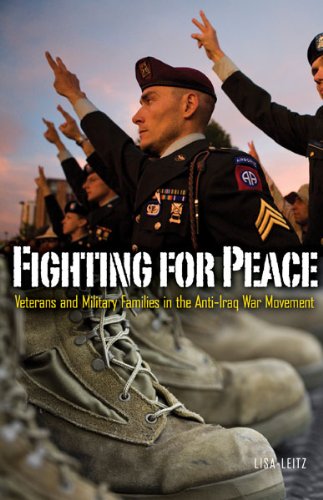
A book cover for Fighting for Peace: Veterans and Military Families in the AntiEEIraq War Movement (Social Movements, Protest and Contention); Lisa Leitz; Parenting & Relationships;